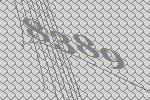
8389